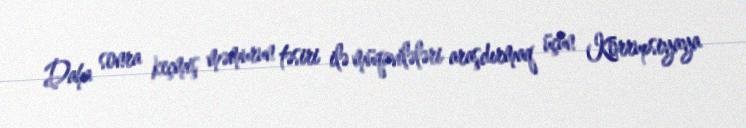
Daha sonra keçmiş məmurun təsiri ilə müqavilələri araşdırmaq üçün Korrupsiyaya